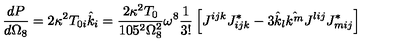
\frac { d P } { d \Omega _ { 8 } } = 2 \kappa ^ { 2 } T _ { 0 i } \hat { k } _ { i } = { \frac { 2 \kappa ^ { 2 } T _ { 0 } } { 1 0 5 ^ { 2 } \Omega _ { 8 } ^ { 2 } } } \omega ^ { 8 } { \frac { 1 } { 3 ! } } \left[ J ^ { i j k } J _ { i j k } ^ { * } - 3 \hat { k } _ { l } \hat { k ^ { m } } J ^ { l i j } J _ { m i j } ^ { * } \right]